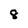
Character: 8